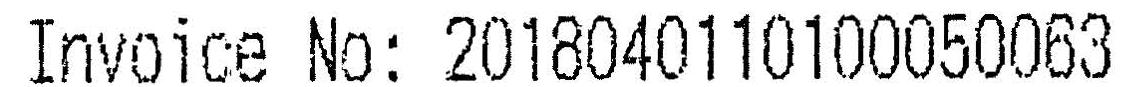
INVOICE NO: 2018040110100050063